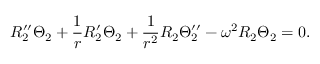
R _ { 2 } ^ { \prime \prime } \Theta _ { 2 } + \frac { 1 } { r } R _ { 2 } ^ { \prime } \Theta _ { 2 } + \frac { 1 } { r ^ { 2 } } R _ { 2 } \Theta _ { 2 } ^ { \prime \prime } - \omega ^ { 2 } R _ { 2 } \Theta _ { 2 } = 0 .